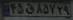
۴۵ق۸۵۷۲۹